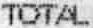
TOTAL